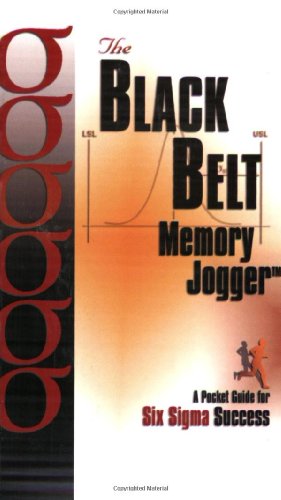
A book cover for The Black Belt Memory Jogger: A Pocket Guide for Six Sigma Success; Paul Sheehy; Business & Money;